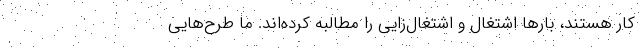
کار هستند، بارها اشتغال و اشتغال‌زایی را مطالبه کرده‌اند. ما طرح‌هایی